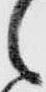
之